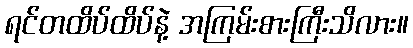
ရင်တထိပ်ထိပ်နဲ့ အကြမ်းစားကြီးသိလား။